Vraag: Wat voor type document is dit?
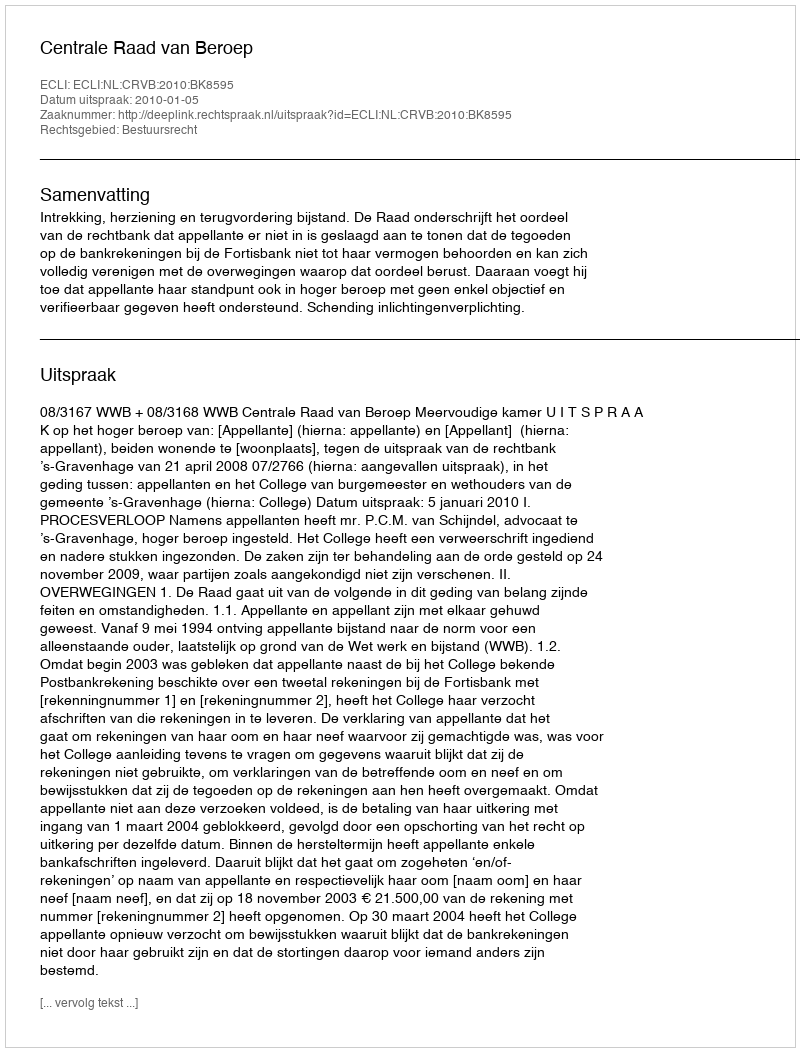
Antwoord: Uitspraak